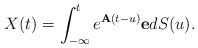
LaTeX: \begin{align*}X(t)=\int_{-\infty}^{t}e^{{\bf A}(t-u)}{\bf e}dS(u).\end{align*}